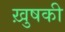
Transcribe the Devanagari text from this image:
ख़ुषकी